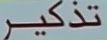
تذكر